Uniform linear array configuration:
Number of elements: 24
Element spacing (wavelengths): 0.25
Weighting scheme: uniform
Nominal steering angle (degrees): -60
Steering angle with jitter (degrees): -58.204
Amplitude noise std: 0.05
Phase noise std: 0.05

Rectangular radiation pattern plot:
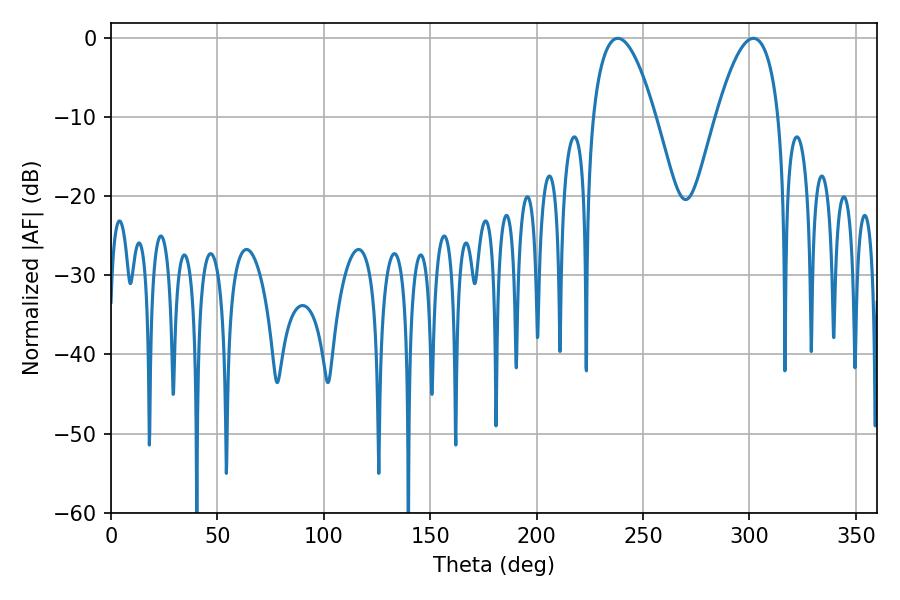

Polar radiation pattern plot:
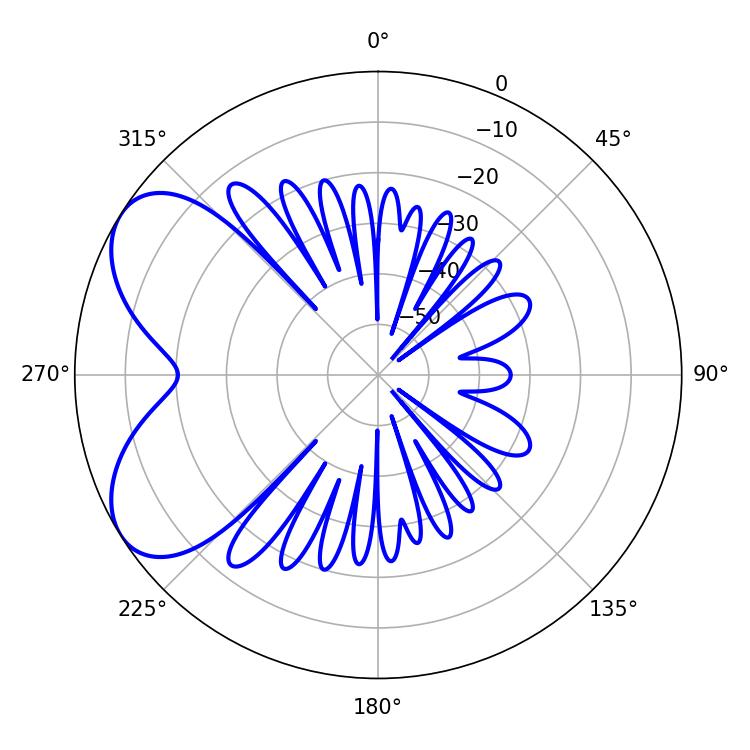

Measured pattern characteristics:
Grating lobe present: FALSE
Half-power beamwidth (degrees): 16.2
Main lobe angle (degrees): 238.14